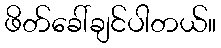
ဖိတ်ခေါ်ချင်ပါတယ်။